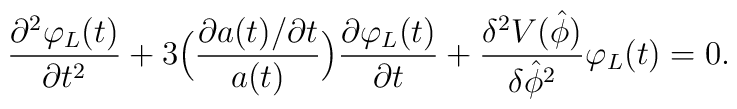
\frac{\partial^2 \varphi_L (t)}{\partial t^2} + 3\Bigl(\frac{\partial a(t)/ \partial t}{a(t)} \Bigr) \frac{\partial\varphi_L (t)}{\partial t} + \frac{\delta^2 V(\hat{\phi})}{\delta\hat{\phi}^2 } \varphi_L (t) = 0.